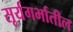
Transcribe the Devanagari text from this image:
सूर्यगर्भातील